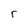
Character: r